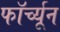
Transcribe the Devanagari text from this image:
फॉर्च्‍यून